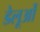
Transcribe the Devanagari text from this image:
डेलूओं